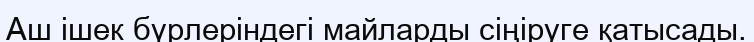
Аш ішек бүрлеріндегі майларды сіңіруге қатысады.